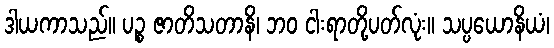
ဒါယကာသည်။ ပဉ္စ ဇာတိသတာနိ၊ ဘဝ ငါးရာတို့ပတ်လုံး။ သပ္ပယောနိယံ၊